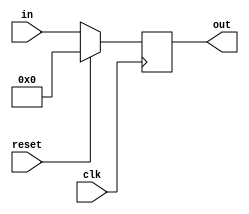
module pro_counter(in,clk, reset, out);
input[7:0] in;
input clk;
input reset;
output reg [7:0] out;

always @(posedge clk )
begin
	if(reset) out<= 8'b00000000;
	else out<=in;

end
	
endmodule